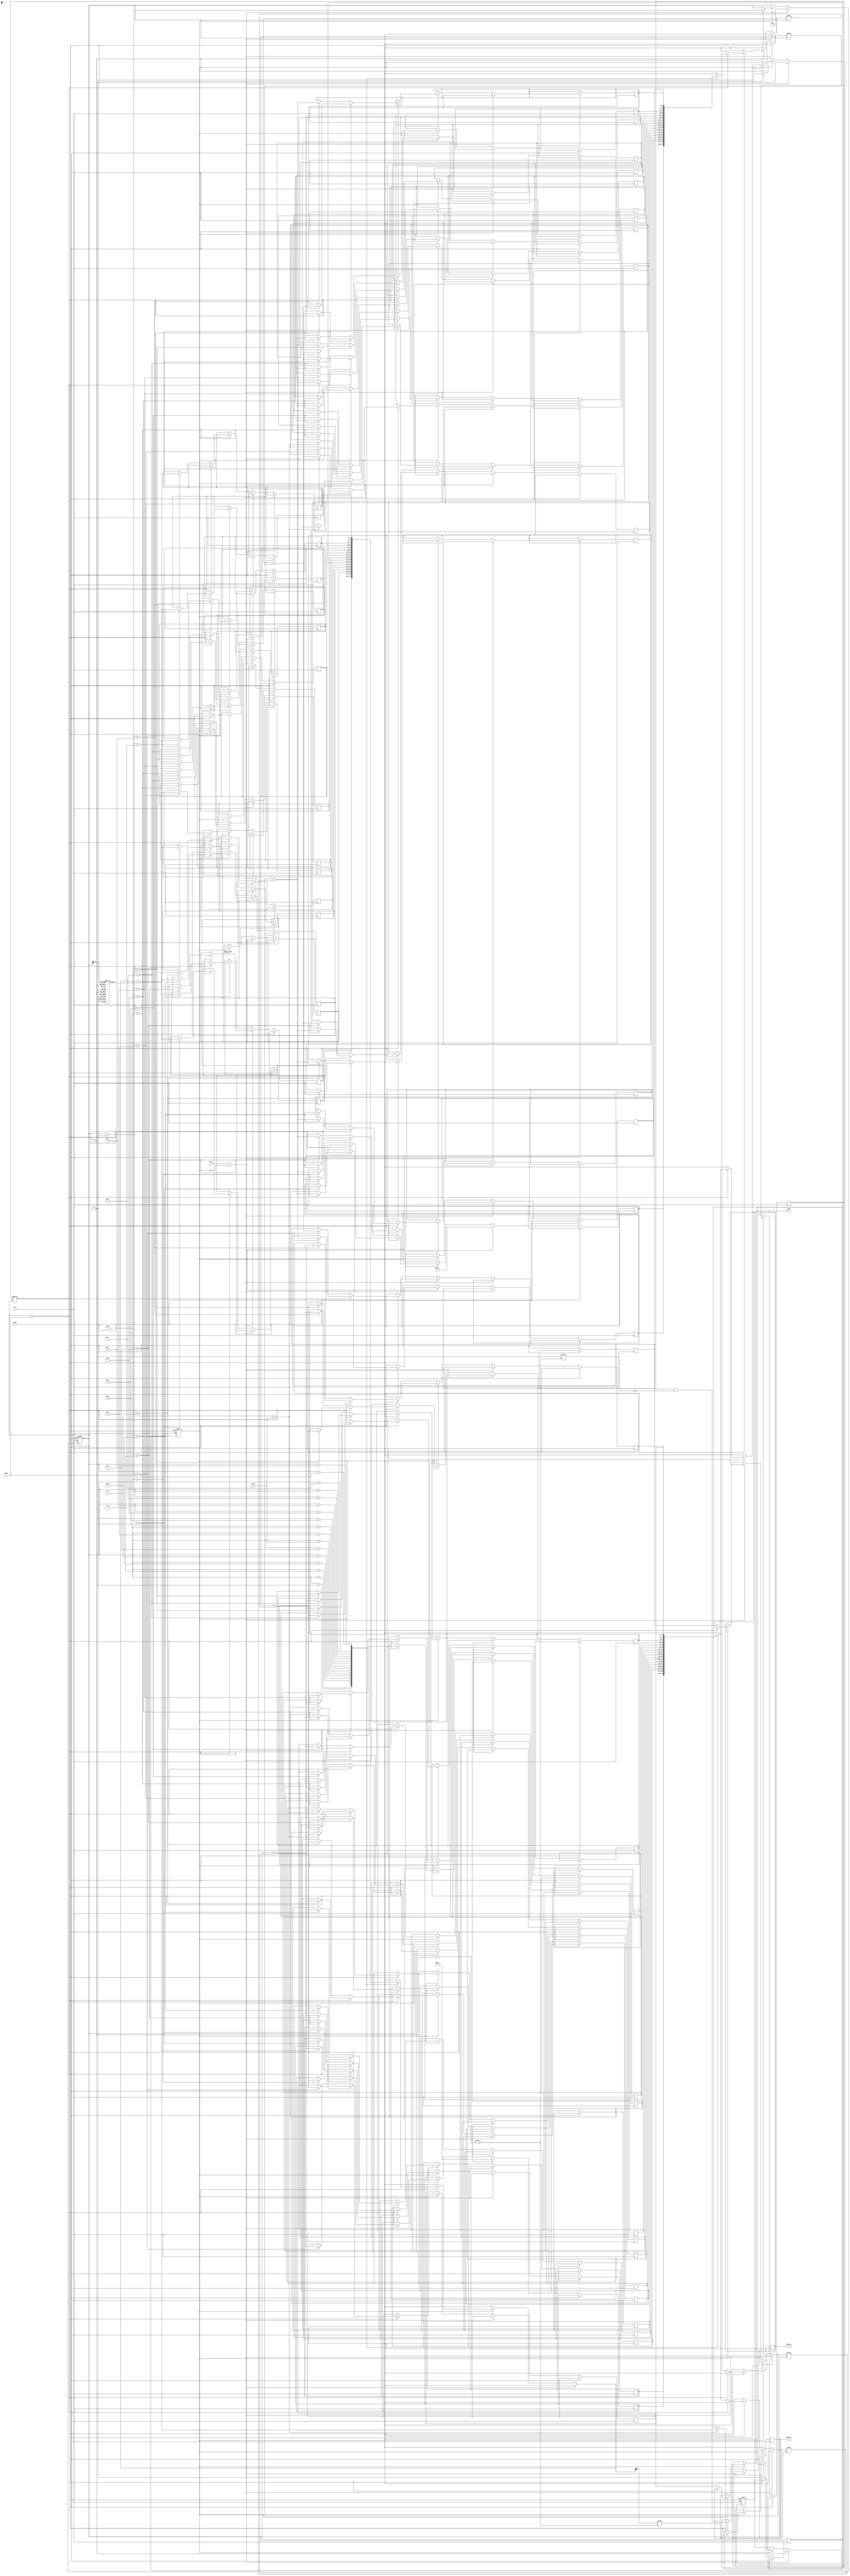
module pipeline_cordic #(
    parameter STAGES = 16, // Number of CORDIC stages
    parameter FIXED_POINT_WIDTH = 16,
    parameter ANGLE_WIDTH = 16
)(
    input wire clk,
    input wire reset,
    input wire [FIXED_POINT_WIDTH-1:0] input_x,
    input wire [FIXED_POINT_WIDTH-1:0] input_y,
    input wire [ANGLE_WIDTH-1:0] input_angle,
    input wire start,
    output reg [FIXED_POINT_WIDTH-1:0] output_x,
    output reg [FIXED_POINT_WIDTH-1:0] output_y,
    output reg done
);

    // Parameters for CORDIC angles
    reg [ANGLE_WIDTH-1:0] angle_table [0:STAGES-1];
    initial begin
        // Initialize angle lookup table (arctangent values)
        angle_table[0] = 16'h26DB; // atan(1)
        angle_table[1] = 16'h1D7A; // atan(0.5)
        angle_table[2] = 16'h14E2; // atan(0.25)
        // Fill the rest...
        // Add more angles as needed based on STAGES
    end

    // Internal signals
    reg [FIXED_POINT_WIDTH-1:0] x [0:STAGES];
    reg [FIXED_POINT_WIDTH-1:0] y [0:STAGES];
    reg [ANGLE_WIDTH-1:0] theta [0:STAGES];
    reg [STAGES-1:0] d; // Direction based on angle
    reg [4:0] stage_counter;
    reg processing;

    // FSM for controlling pipeline
    always @(posedge clk or posedge reset) begin
        if (reset) begin
            stage_counter <= 0;
            processing <= 0;
            done <= 0;
        end else if (start && !processing) begin
            // Initialize input values
            x[0] <= input_x;
            y[0] <= input_y;
            theta[0] <= input_angle;
            processing <= 1;
            stage_counter <= 0;
            done <= 0;
        end else if (processing) begin
            if (stage_counter < STAGES) begin
                // Determine direction based on theta
                d[stage_counter] <= theta[stage_counter][ANGLE_WIDTH-1];
                
                // CORDIC rotation logic
                if (d[stage_counter]) begin
                    // Rotate in the negative direction
                    x[stage_counter+1] <= x[stage_counter] + (y[stage_counter] >>> stage_counter);
                    y[stage_counter+1] <= y[stage_counter] - (x[stage_counter] >>> stage_counter);
                end else begin
                    // Rotate in the positive direction
                    x[stage_counter+1] <= x[stage_counter] - (y[stage_counter] >>> stage_counter);
                    y[stage_counter+1] <= y[stage_counter] + (x[stage_counter] >>> stage_counter);
                end
                
                // Update angle for next stage
                theta[stage_counter+1] <= theta[stage_counter] - angle_table[stage_counter];

                // Increment stage counter
                stage_counter <= stage_counter + 1;
            end else begin
                // Final output assignment
                output_x <= x[STAGES];
                output_y <= y[STAGES];
                done <= 1;
                processing <= 0; // Finished processing
            end
        end
    end

endmodule